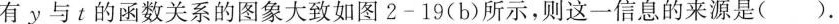
有y与t的函数关系的图象大致如图2-19(b)所示，则这一信息的来源是().